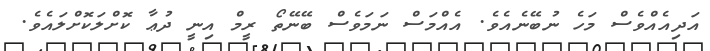
އަދިއެއްވެސް މަހެ ނުބޭނެއެވެ. އެއްމަސް ނަމަވެސް ބޭނޭތޯ ރީމް އިނީ ދުޢާ ކޮށްލަކޮށްލައެވެ.